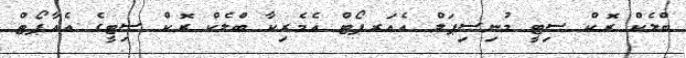
ބްލެކް ރޮކް ސިޓީ މުނިސިޕަލް އެއަރޕޯޓް އެމެރިކާ ބްލެކް ރޮކް ސިޓީގެ އެއާޕޯޓް